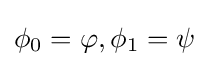
\phi _{0}=\varphi ,\phi _{1}=\psi